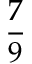
\frac { 7 } { 9 }